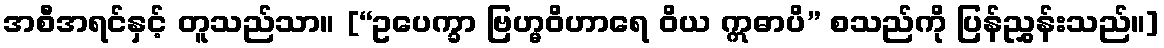
အစီအရင်နှင့် တူသည်သာ။ [“ဥပေက္ခာ ဗြဟ္မဝိဟာရေ ဝိယ ဣဓာပိ” စသည်ကို ပြန်ညွှန်းသည်။]